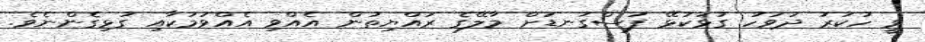
ވީ ހުކުރު ދުވަހު ގުޅަކުޅޭ ފަސްގަނޑަށް މާލޭގެ ރައްޔިތުން އެއްވި އެއްވުމަކާއި ގުޅިގެންނެވެ.